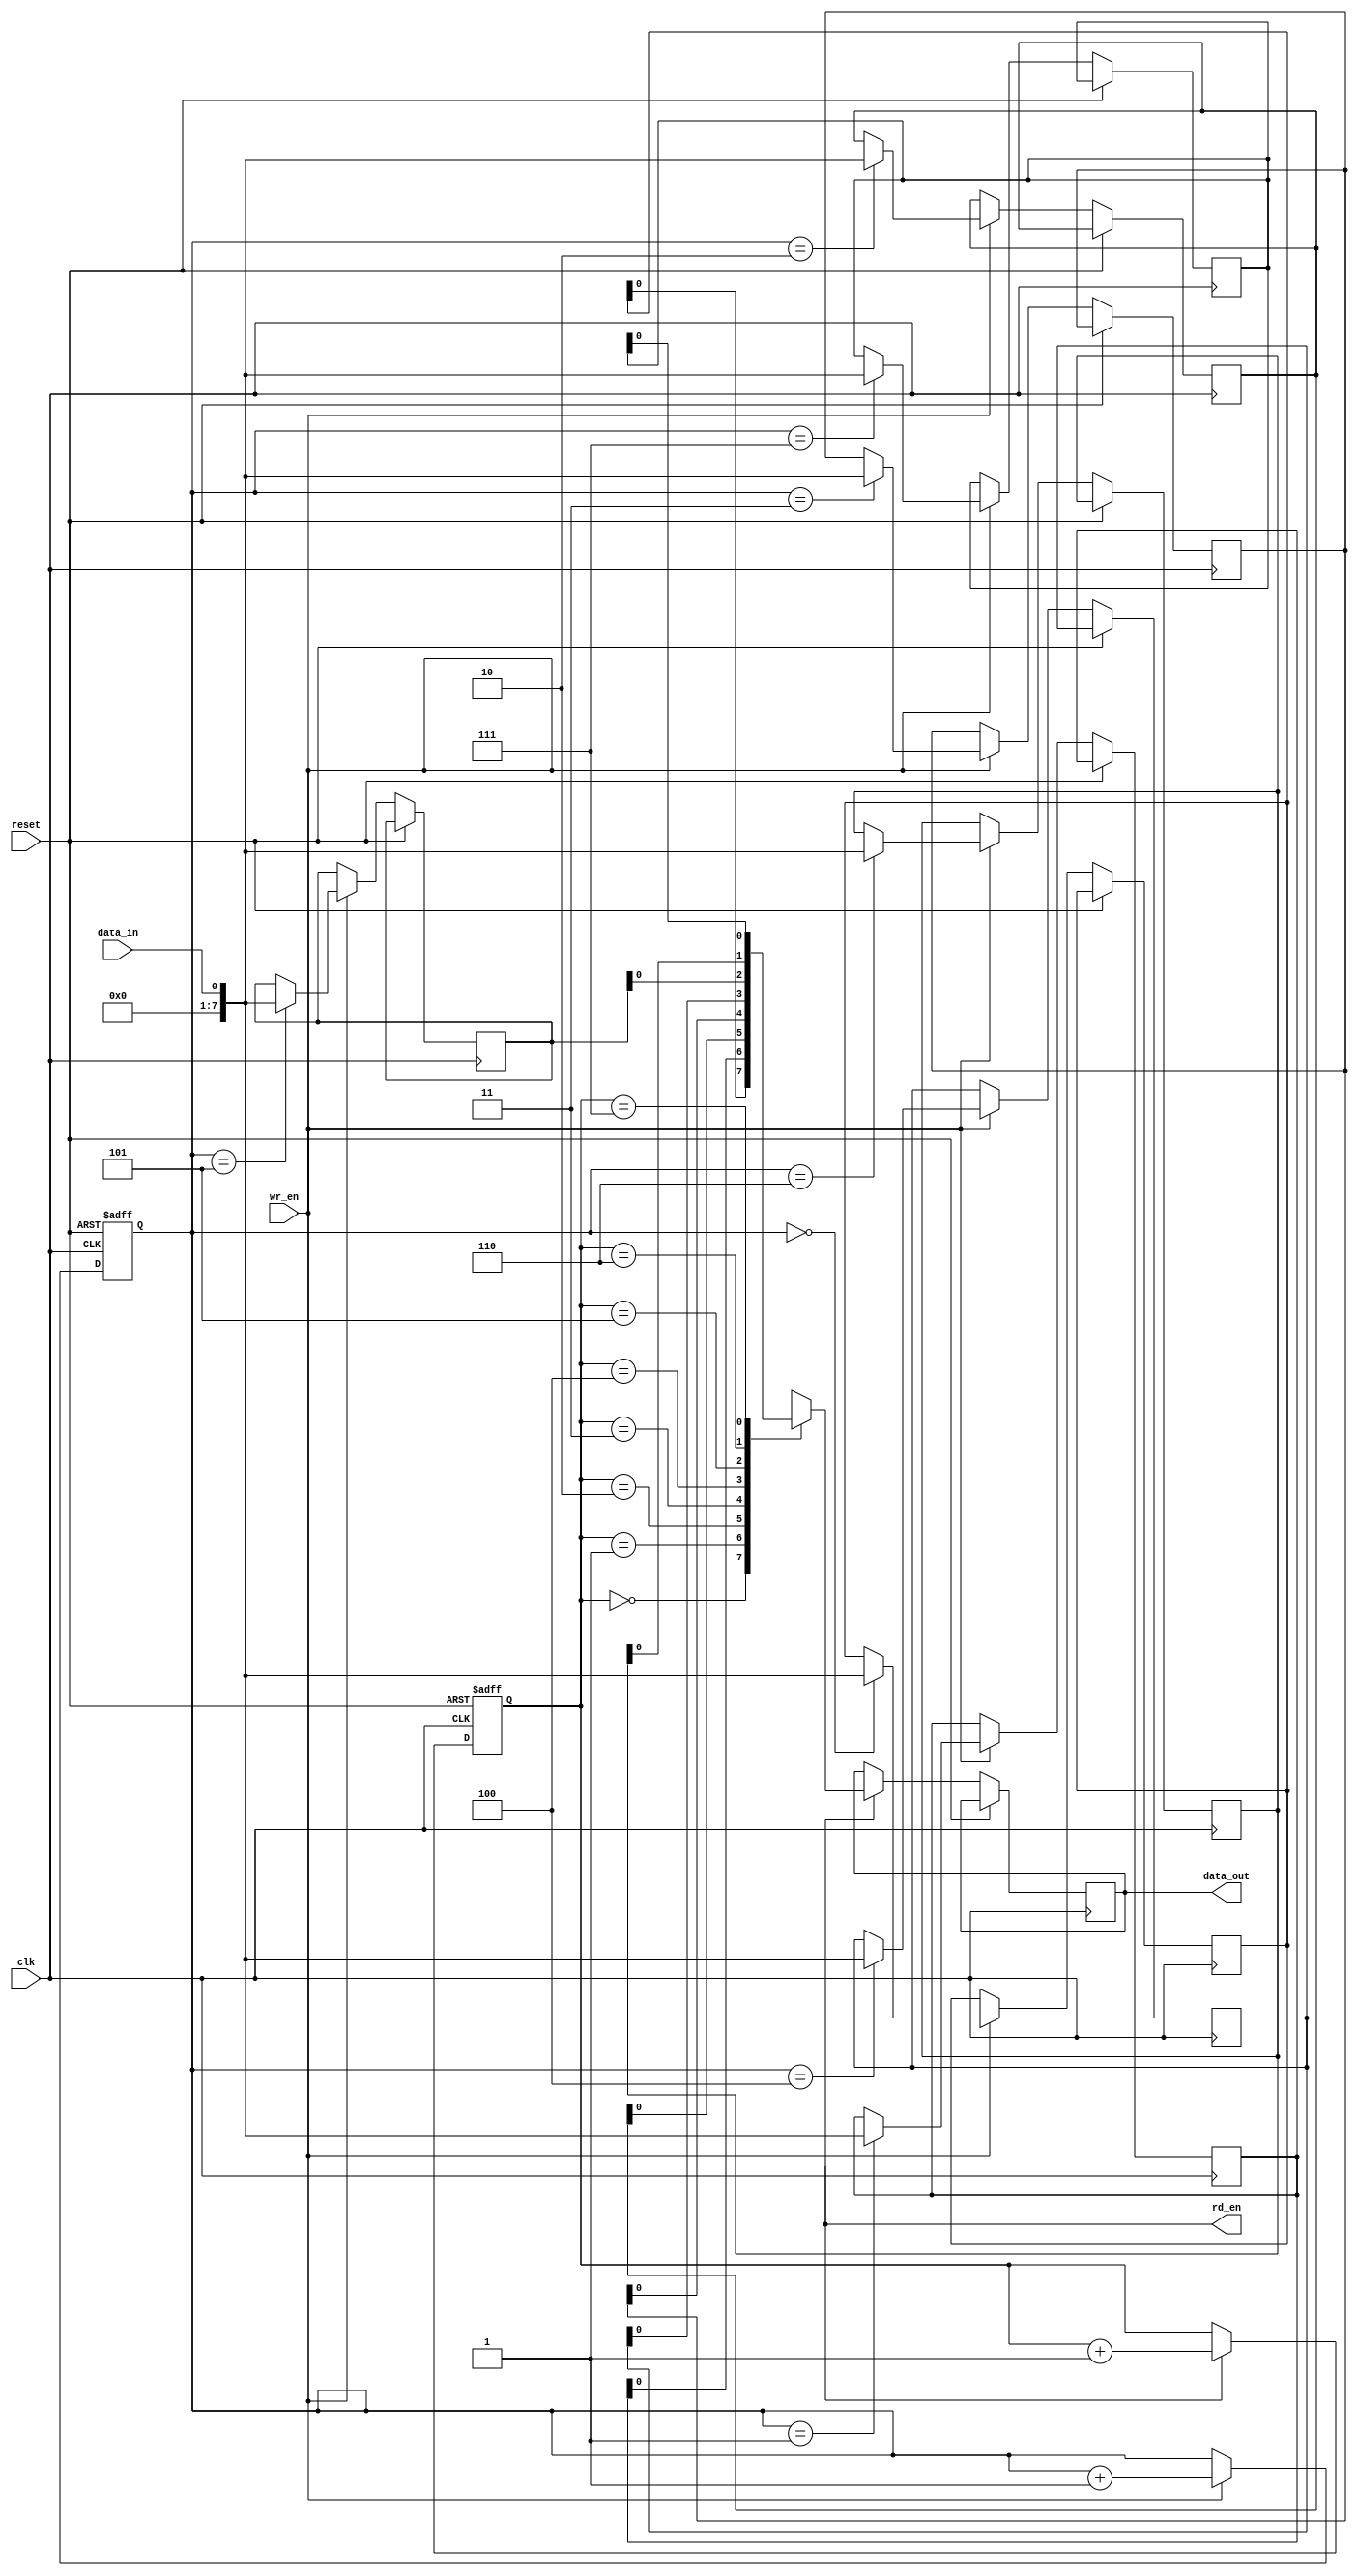
module CircularFIFO (
    input wire clk,
    input wire reset,
    input wire data_in,
    input wire wr_en,
    output reg data_out,
    output reg rd_en
);

parameter DEPTH = 8;
parameter WIDTH = 8;

reg [WIDTH-1:0] fifo[DEPTH-1:0];
reg [2:0] wr_ptr;
reg [2:0] rd_ptr;
reg [2:0] count;

always @(posedge clk or posedge reset) begin
    if (reset) begin
        wr_ptr <= 3'b000;
        rd_ptr <= 3'b000;
        count <= 3'b000;
    end else begin
        if (wr_en) begin
            fifo[wr_ptr] <= data_in;
            wr_ptr <= wr_ptr + 1;
            count <= count + 1;
            if (count == DEPTH) begin
                rd_ptr <= rd_ptr + 1;
                count <= DEPTH;
            end
        end
        
        if (rd_en) begin
            data_out <= fifo[rd_ptr];
            rd_ptr <= rd_ptr + 1;
            count <= count - 1;
        end
    end
end

endmodule